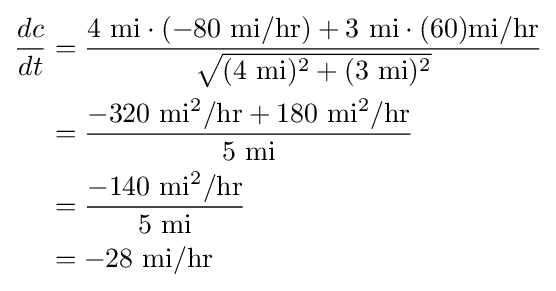
{\begin{aligned}{\frac {dc}{dt}}&={\frac {4{\text{ mi}}\cdot (-80{\text{ mi}}/{\text{hr}})+3{\text{ mi}}\cdot (60){\text{mi}}/{\text{hr}}}{\sqrt {(4{\text{ mi}})^{2}+(3{\text{ mi}})^{2}}}}\\&={\frac {-320{\text{ mi}}^{2}/{\text{hr}}+180{\text{ mi}}^{2}/{\text{hr}}}{5{\text{ mi}}}}\\&={\frac {-140{\text{ mi}}^{2}/{\text{hr}}}{5{\text{ mi}}}}\\&=-28{\text{ mi}}/{\text{hr}}\end{aligned}}